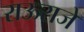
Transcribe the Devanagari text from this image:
राऊराजे